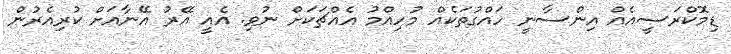
ޑިމޮކްރަސީއެއް އިންސާނީ ހައްގުތަކެއް މުހިއްމު އެއްޗަކަށް ނުވި. އެއީ އޭރު އޭނާއަށް ކުރިއެރުން